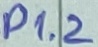
Text: P1.2